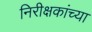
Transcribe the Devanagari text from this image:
निरीक्षकांच्या